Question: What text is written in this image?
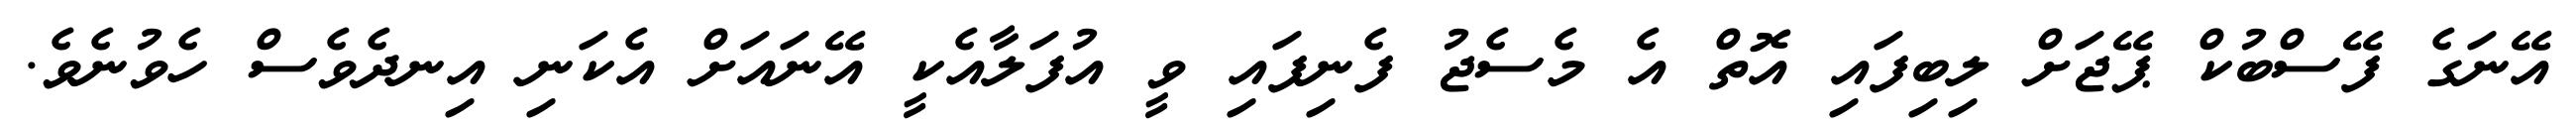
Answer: އޭނަގެ ފޭސްބުކް ޕޭޖަށް ލިބިފައި އޮތް އެ މެސެޖު ފެނިފައި ވީ އުފަލާއެކީ އޭނައަށް އެކަނި އިނދެވެސް ހެވުނެވެ.